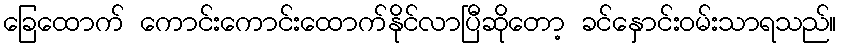
ခြေထောက် ကောင်းကောင်းထောက်နိုင်လာပြီဆိုတော့ ခင်နှောင်းဝမ်းသာရသည်။